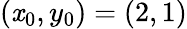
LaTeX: (\mathit{x}_{0},y_{0})=(2,1)